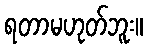
ရတာမဟုတ်ဘူး။